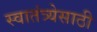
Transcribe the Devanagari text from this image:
स्वातंत्र्येसाठी